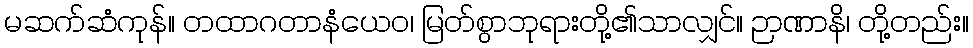
မဆက်ဆံကုန်။ တထာဂတာနံယေဝ၊ မြတ်စွာဘုရားတို့၏သာလျှင်။ ဉာဏာနိ၊ တို့တည်း။